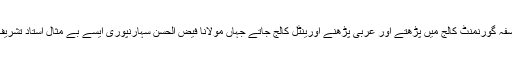
انگریزی اور فلسفہ گورنمنٹ کالج میں پڑھتے اور عربی پڑھنے اورینٹل کالج جاتے جہاں مولانا فیض الحسن سہارنپوری ایسے بے مثال استاد تشریف رکھتے تھے۔